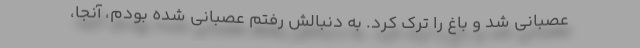
عصبانی شد و باغ را ترک کرد. به دنبالش رفتم عصبانی شده بودم، آنجا،